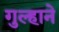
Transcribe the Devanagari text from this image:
गुल्हाने